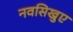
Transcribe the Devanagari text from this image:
नवसिखुए